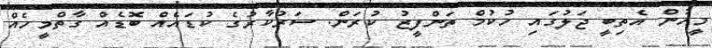
މީހުން އެތިބީ ޖަލުގައި ހުކުމް ތަންފީޒު ކުރަން. ސަރުކާރުގެ ކުޑައެއް ބޮޑެއް ގާތްމީހެއް